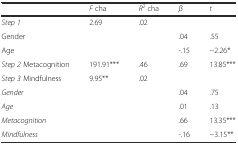
|  | F cha | R2 cha | β | t |
 | --- | --- | --- | --- | --- |
 | Step 1 | 2.69 | .02 |  |  |
 | Gender |  |  | .04 | .55 |
 | Age |  |  | -.15 | −2.26* |
 | Step 2 Metacognition | 191.91*** | .46 | .69 | 13.85*** |
 | Step 3 Mindfulness | 9.95** | .02 |  |  |
 | Gender |  |  | .04 | .75 |
 | Age |  |  | .01 | .13 |
 | Metacognition |  |  | .66 | 13.35*** |
 | Mindfulness |  |  | -.16 | −3.15** |